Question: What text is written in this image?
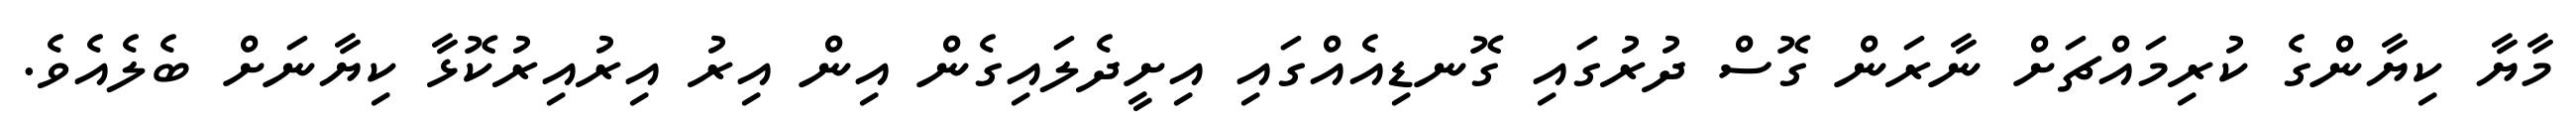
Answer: މާޔާ ކިޔާންގެ ކުރިމައްޗަށް ނާރަން ގޮސް ދުރުގައި ގޮނޑިއެއްގައި އިށީދެލައިގެން އިން އިރު އިރުއިރުކޮޅާ ކިޔާނަށް ބެލެއެވެ.